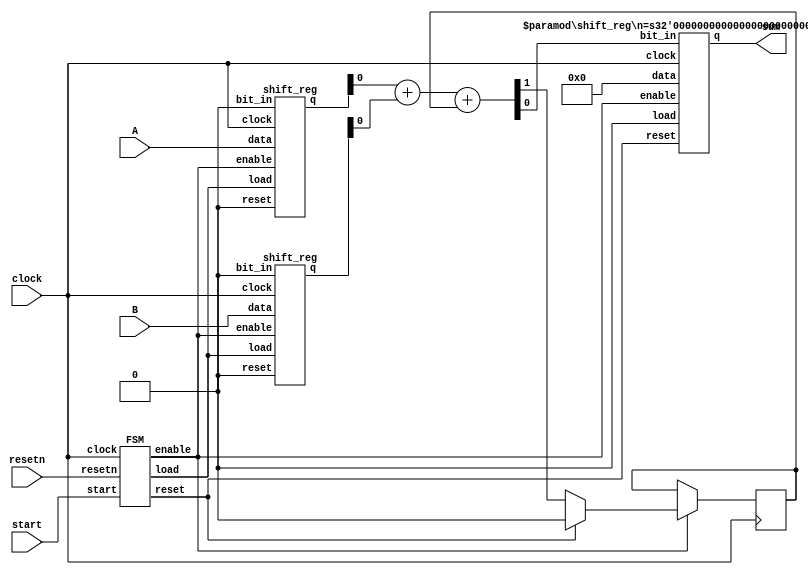
// This is an example of a serial adder.
module serial(A, B, start, resetn, clock, sum);
	input [7:0] A, B;
	input resetn, start, clock;
	output [8:0] sum;

	// Registers
	wire [7:0] 	A_reg,B_reg;
	reg		cin;

	
	// Wires
	wire reset, enable, load;
	wire bit_sum, bit_carry;

	// Control FSM
	FSM my_control(start, clock, resetn, reset, enable, load);
	
	// Datapath
	shift_reg reg_A( clock, 1'b0, A, 1'b0, enable, load, A_reg);
	shift_reg reg_B( clock, 1'b0, B, 1'b0, enable, load, B_reg);

	// a full adder
	assign {bit_carry, bit_sum} = A_reg[0] + B_reg[0] + cin;

	always @(posedge clock)
		if (enable)
			if (reset)
				cin <= 1'b0;
			else
				cin <= bit_carry;
				
	shift_reg reg_sum( clock, reset, 9'd0, bit_sum, enable, 1'b0, sum);
		defparam reg_sum.n = 9;
endmodule

module shift_reg( clock, reset, data, bit_in, enable, load, q);
	parameter n = 8;

	input clock, reset, enable, load, bit_in;
	input 	[n-1:0] data;
	output reg 	[n-1:0] q;

	always @(posedge clock)
	begin
		if (enable)
			if (reset)
				q <= 'd0;
			else
			begin
				if (load)
					q<=data;
				else
				begin
					q[n-2:0] <= q[n-1:1];
					q[n-1] <= bit_in;
				end
			end
	end
endmodule


module FSM(start, clock, resetn, reset, enable, load);
	parameter WAIT_STATE = 2'b00, WORK_STATE = 2'b01, END_STATE = 2'b11;
	input start, clock, resetn;
	output reset, enable, load;

	reg [1:0]	current_state, next_state;
	reg [3:0]	counter;

	// next state logic 
	always@(*)
	begin
		case(current_state)
			WAIT_STATE:
				if (start)
					next_state <= WORK_STATE;
				else
					next_state <= WAIT_STATE;
					
			WORK_STATE:
				if (counter == 4'd8)
					next_state <= END_STATE;
				else
					next_state <= WORK_STATE;
					
			END_STATE:
				if (~start) 
					next_state <= WAIT_STATE; 
				else
					next_state <= END_STATE;
					
			default: next_state <= 2'bxx;
		endcase
	end

	// state registers and a counter
	always@(posedge clock or negedge resetn)
	begin
		if (~resetn)
		begin
			current_state <= WAIT_STATE;
			counter = 'd0;
		end
		else
		begin
			current_state <= next_state;
			if (current_state == WAIT_STATE)
				counter <= 'd0;
			else if (current_state == WORK_STATE)
				counter <= counter + 1'b1;
		end
	end
	
	// Outputs
	assign reset = (current_state == WAIT_STATE) & start;
	assign load = (current_state == WAIT_STATE) & start;
	assign enable = load | (current_state == WORK_STATE);
endmodule